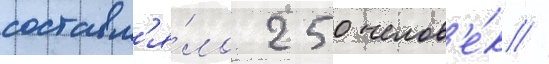
составл'я́ло 250 челов'е́к //